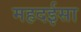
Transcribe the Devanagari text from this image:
महदईसा